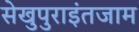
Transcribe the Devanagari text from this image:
सेखुपुराइंतजाम